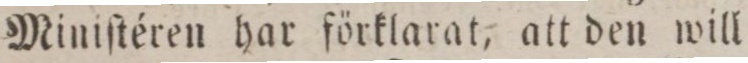
Miniſtéren har förklarat, att den will